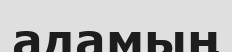
адамың